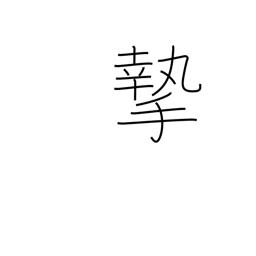
Meaning: seriousness